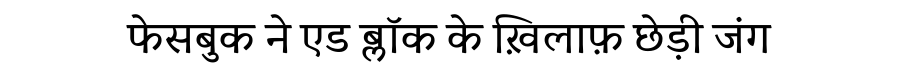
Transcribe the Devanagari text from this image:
फेसबुक ने एड ब्लॉक के ख़िलाफ़ छेड़ी जंग